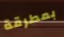
بمطرقة